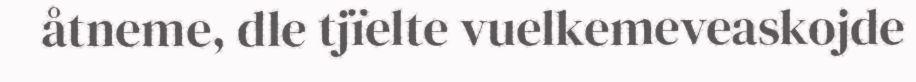
åtneme, dle tjïelte vuelkemeveaskojde